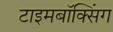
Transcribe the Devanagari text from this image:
टाइमबॉक्सिंग